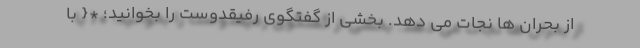
از بحران ها نجات می دهد. بخشی از گفتگوی رفیقدوست را بخوانید؛ *{ با